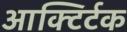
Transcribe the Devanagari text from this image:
आक्टिर्टक